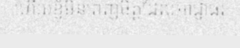
ហើយខ្ញុំមិនពេញចិត្តដែលអាជ្ញាធរ